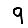
Digit: 9